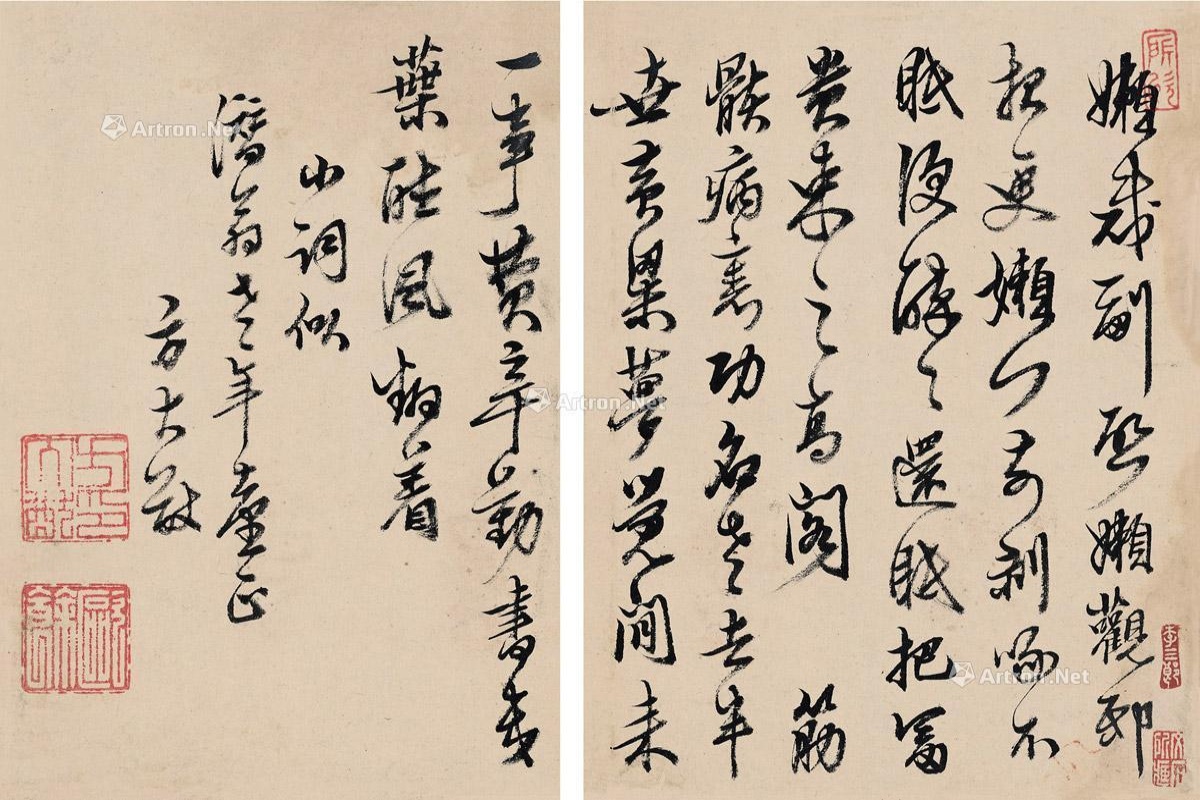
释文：懒裁副启，懒观邸报，更懒门前剥啄。不眠便醉醉还眠，把富贵束之高阁。筋骸病里，功名老去，半世黄粱梦觉。闲来一事费辛勤，书几叶听风翻着。小词似潜翁老年台正，方大猷。